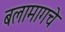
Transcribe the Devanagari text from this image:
बलामागचे